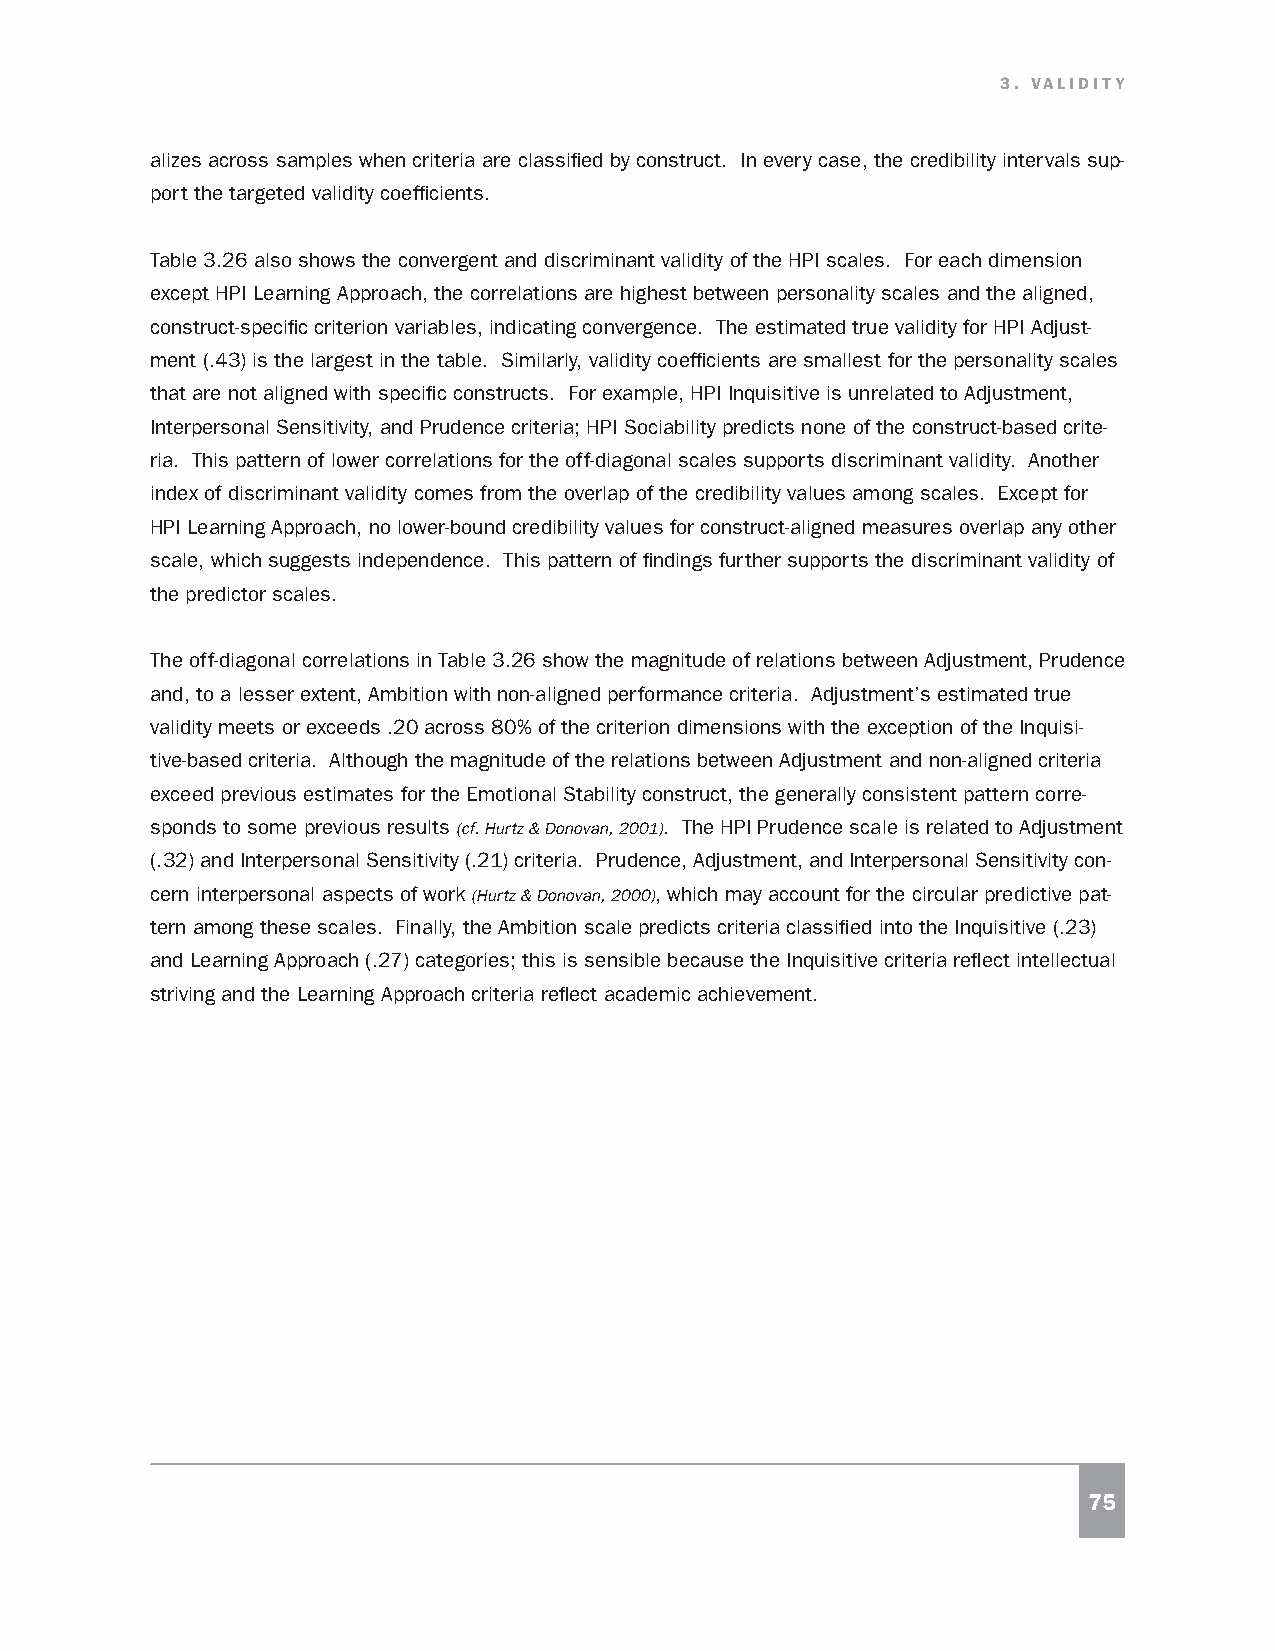
3. VALIDITY
 alizes across samples when criteria are classified by construct. In every case, the credibility intervals sup-
 port the targeted validity coefficients.
 Table 3.26 also shows the convergent and discriminant validity of the HPI scales. For each dimension
 except HPI Learning Approach, the correlations are highest between personality scales and the aligned,
 construct-specific criterion variables, indicating convergence. The estimated true validity for HPI Adjust-
 ment (.43) is the largest in the table. Similarly, validity coefficients are smallest for the personality scales
 that are not aligned with specific constructs. For example, HPI Inquisitive is unrelated to Adjustment,
 Interpersonal Sensitivity, and Prudence criteria; HPI Sociability predicts none of the construct-based crite-
 ria. This pattern of lower correlations for the off-diagonal scales supports discriminant validity. Another
 index of discriminant validity comes from the overlap of the credibility values among scales. Except for
 HPI Learning Approach, no lower-bound credibility values for construct-aligned measures overlap any other
 scale, which suggests independence. This pattern of findings further supports the discriminant validity of
 the predictor scales.
 The off-diagonal correlations in Table 3.26 show the magnitude of relations between Adjustment, Prudence
 and, to a lesser extent, Ambition with non-aligned performance criteria. Adjustment’s estimated true
 validity meets or exceeds .20 across 80% of the criterion dimensions with the exception of the Inquisi-
 tive-based criteria. Although the magnitude of the relations between Adjustment and non-aligned criteria
 exceed previous estimates for the Emotional Stability construct, the generally consistent pattern corre-
 sponds to some previous results (cf. Hurtz & Donovan, 2001). The HPI Prudence scale is related to Adjustment
 (.32) and Interpersonal Sensitivity (.21) criteria. Prudence, Adjustment, and Interpersonal Sensitivity con-
 cern interpersonal aspects of work (Hurtz & Donovan, 2000), which may account for the circular predictive pat-
 tern among these scales. Finally, the Ambition scale predicts criteria classified into the Inquisitive (.23)
 and Learning Approach (.27) categories; this is sensible because the Inquisitive criteria reflect intellectual
 striving and the Learning Approach criteria reflect academic achievement.
 75